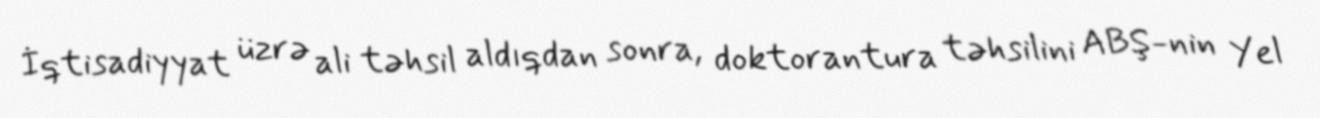
İqtisadiyyat üzrə ali təhsil aldıqdan sonra, doktorantura təhsilini ABŞ-nin Yel